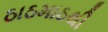
ઠાઠમાઠથી